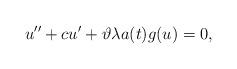
LaTeX: \begin{align*}u'' + c u' + \vartheta \lambda a(t) g(u) = 0,\end{align*}